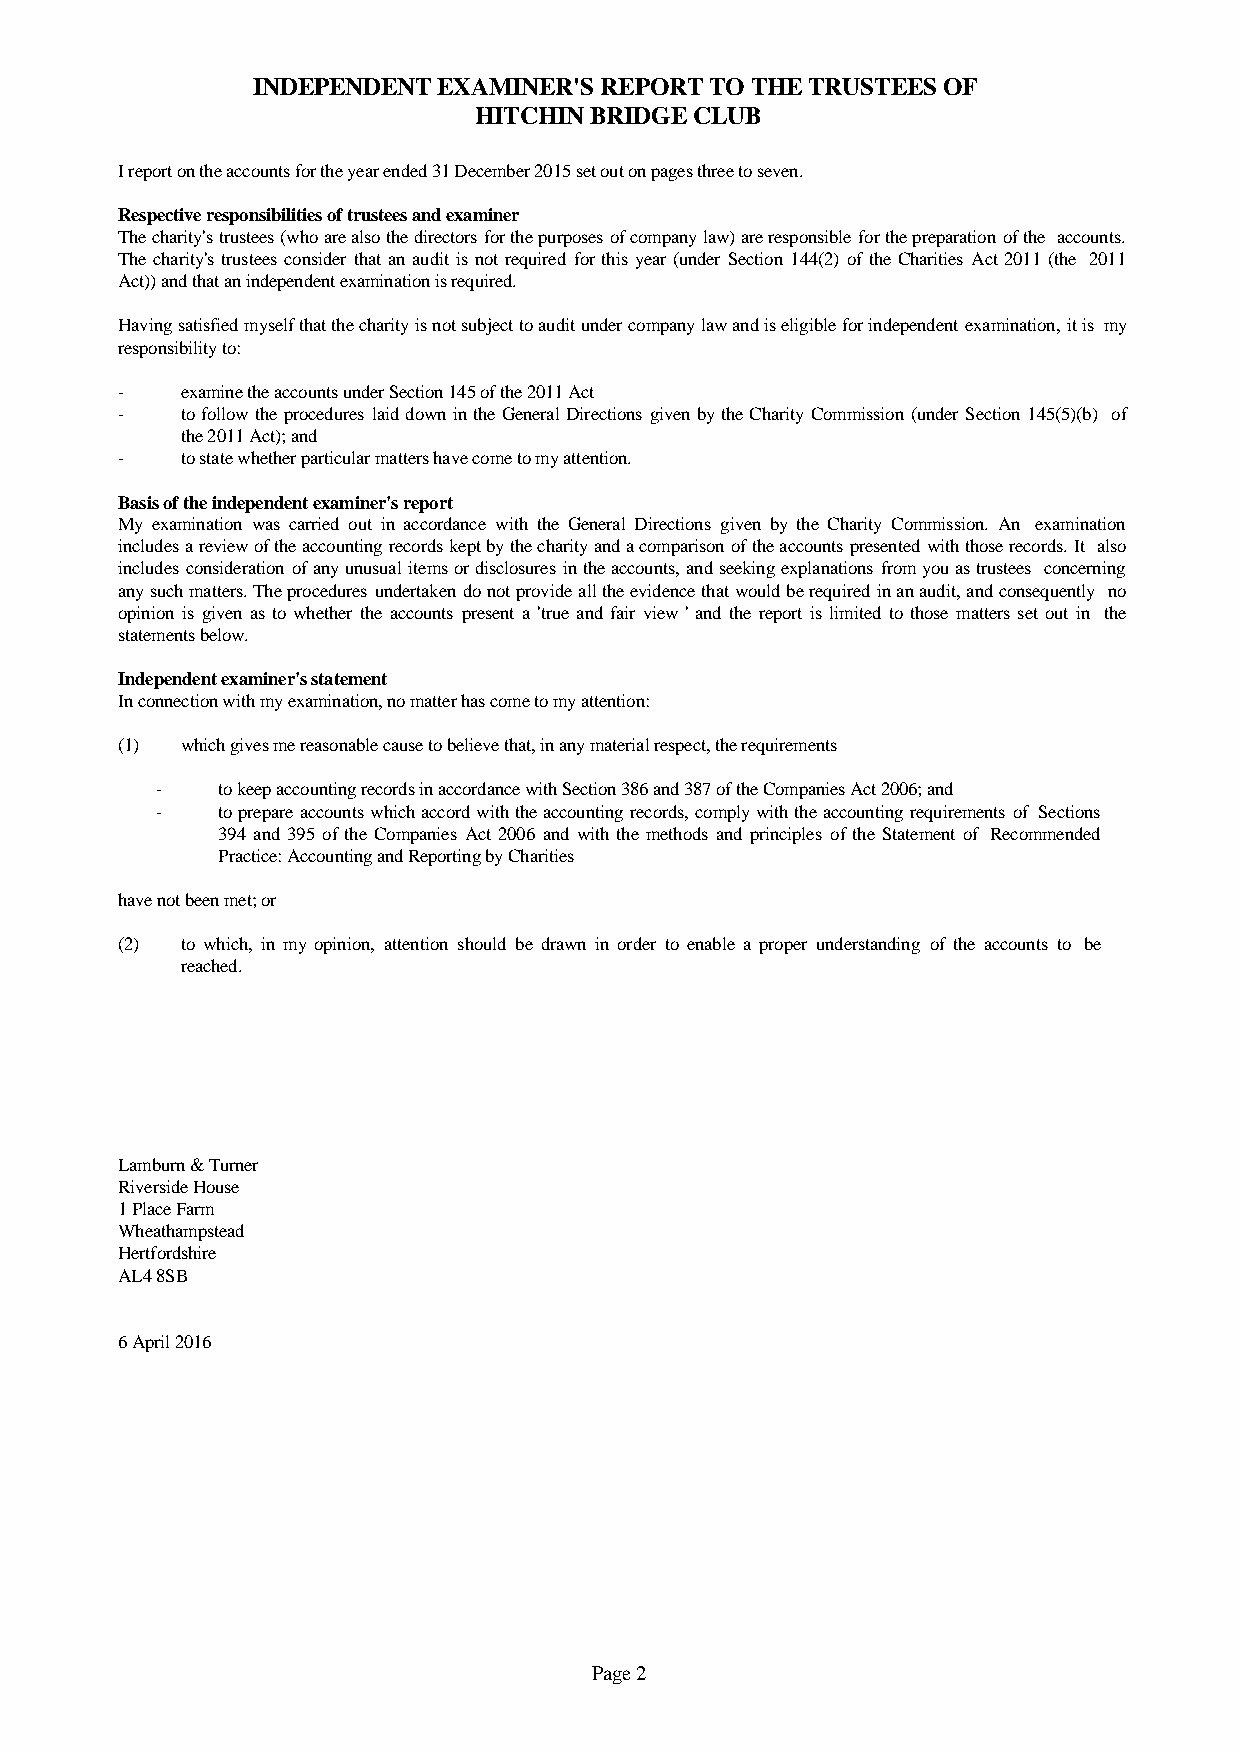
INDEPENDENT EXAMINER'S REPORT TO THE TRUSTEES OF
 HITCHIN BRIDGE CLUB
 I report on the accounts for the year ended 31 December 2015 set out on pages three to seven.
 Respective responsibilities of trustees and examiner
 Thecharity'strustees(whoarealsothedirectorsforthepurposesofcompanylaw)areresponsibleforthepreparationofthe accounts.
 Thecharity'strusteesconsiderthatanauditisnot required forthisyear(under Section144(2) oftheCharitiesAct2011 (the 2011
 Act)) and that an independent examination is required.
 Havingsatisfiedmyselfthatthecharityisnotsubjecttoauditundercompanylawandiseligibleforindependentexamination,itis my
 responsibility to:
 -   examine the accounts under Section 145 of the 2011 Act
 -   tofollowtheprocedureslaiddownintheGeneralDirectionsgivenbytheCharityCommission(underSection145(5)(b) of
 the 2011 Act); and
 -   to state whether particular matters have come to my attention.
 Basis of the independent examiner's report
 My examination was carried out in accordance with the General Directions given by the Charity Commission. An examination
 includesareviewoftheaccountingrecordskeptbythecharityandacomparisonoftheaccountspresentedwiththoserecords.It also
 includesconsiderationofanyunusualitemsordisclosuresintheaccounts,andseekingexplanationsfromyouastrustees concerning
 anysuchmatters.Theproceduresundertakendonotprovidealltheevidencethatwouldberequiredinanaudit,andconsequently no
 opinion is given as to whether the accounts present a 'true and fair view' and the report is limitedto those mattersset out in the
 statements below.
 Independent examiner's statement
 In connection with my examination, no matter has come to my attention:
 (1) which gives me reasonable cause to believe that, in any material respect, the requirements
 -   to keep accounting records in accordance with Section 386 and 387 of the Companies Act 2006; and
 -   toprepareaccountswhichaccordwiththeaccountingrecords,complywiththeaccountingrequirementsof Sections
 394 and 395 of the CompaniesAct 2006 and with the methods and principles of the Statementof Recommended
 Practice: Accounting and Reporting by Charities
 have not been met; or
 (2) to which, in my opinion, attention should be drawn in order to enable a proper understanding of the accounts to be
 reached.
 Lamburn & Turner
 Riverside House
 1 Place Farm
 Wheathampstead
 Hertfordshire
 AL4 8SB
 6 April 2016
 Page 2